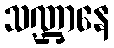
သဏ္ဌာနေ